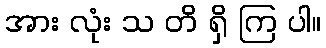
အား လုံး သ တိ ရှိ ကြ ပါ။